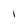
Character: 1